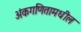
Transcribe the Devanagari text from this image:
अंकगणितामधील